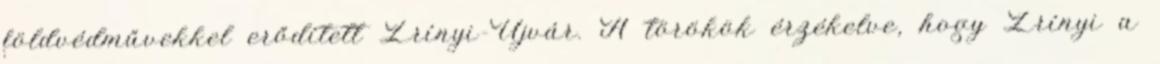
földvédművekkel erődített Zrínyi-Újvár. A törökök érzékelve, hogy Zrínyi a